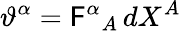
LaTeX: \vartheta^{\alpha}=\mathsf{F}^{\alpha}{}_{A}\, dX^{A}